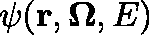
\psi ( \mathbf { r } , \mathbf { \Omega } , E )